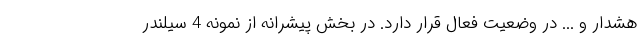
هشدار و ... در وضعیت فعال قرار دارد. در بخش پیشرانه از نمونه 4 سیلندر